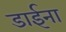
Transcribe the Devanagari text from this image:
डाईना